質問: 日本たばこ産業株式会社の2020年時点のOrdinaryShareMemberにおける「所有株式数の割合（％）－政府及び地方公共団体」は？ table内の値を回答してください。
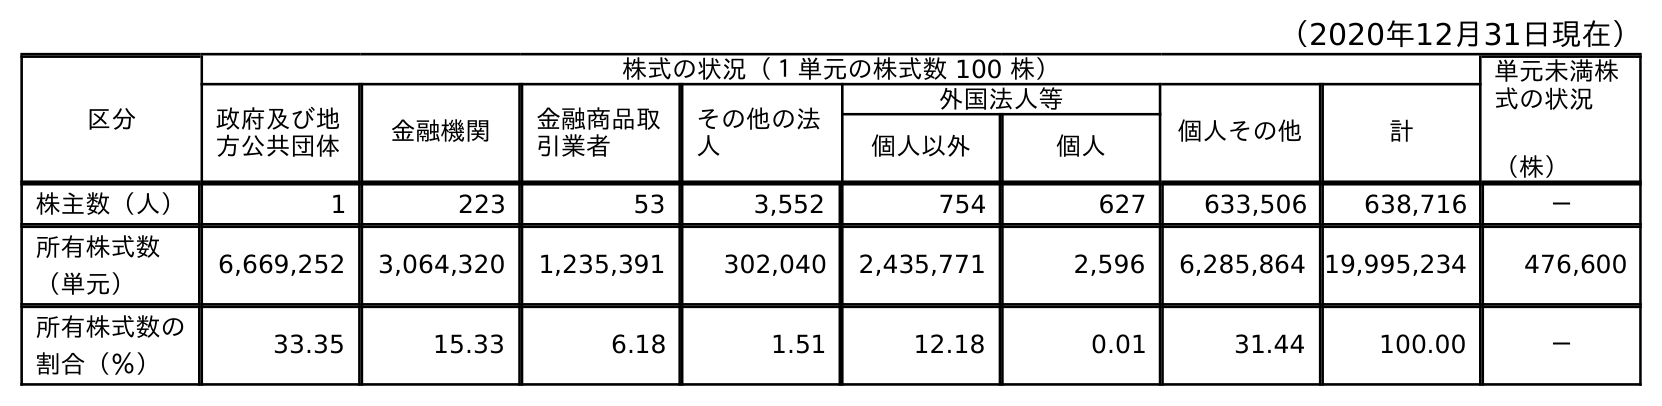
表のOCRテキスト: （2020年12月31日現在） 区分 株式の状況（１単元の株式数 100 株） 単元未満株 式の状況 （株） 政府及び地 方公共団体 金融機関 金融商品取 引業者 その他の法 人 外国法人等 個人その他 計 個人以外 個人 株主数（人） 1 223 53 3,552 754 627 633,506 638,716 － 所有株式数 （単元） 6,669,252 3,064,320 1,235,391 302,040 2,435,771 2,596 6,285,864 19,995,234 476,600 所有株式数の 割合（％） 33.35 15.33 6.18 1.51 12.18 0.01 31.44 100.00 －
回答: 33.35